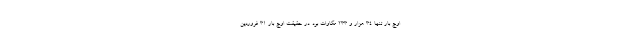
اوج بار تنها 34 هزار و 233 مگاوات بود. در حقیقت اوج بار 31 فروردین